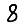
Digit: 8